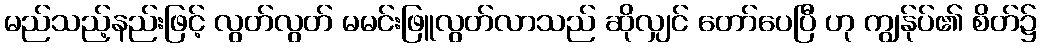
မည်သည့်နည်းဖြင့် လွတ်လွတ် မမင်းဖြူလွတ်လာသည် ဆိုလျှင် တော်ပေပြီ ဟု ကျွန်ုပ်၏ စိတ်၌